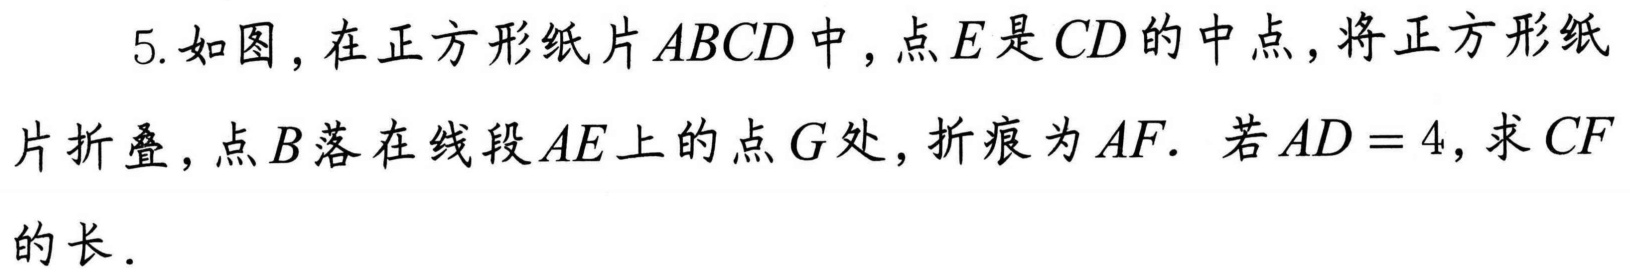
5. 如图，在正方形纸片\(ABCD\)中，点\(E\)是\(CD\)的中点，将正方形纸片折叠，点\(B\)落在线段\(AE\)上的点\(G\)处，折痕为\(AF\). 若\(AD = 4\)，求\(CF\)的长．